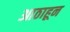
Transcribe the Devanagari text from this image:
आठाहून